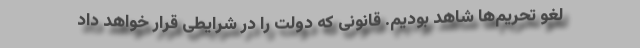
لغو تحریم‌ها شاهد بودیم. قانونی که دولت را در شرایطی قرار خواهد داد